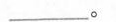
___。